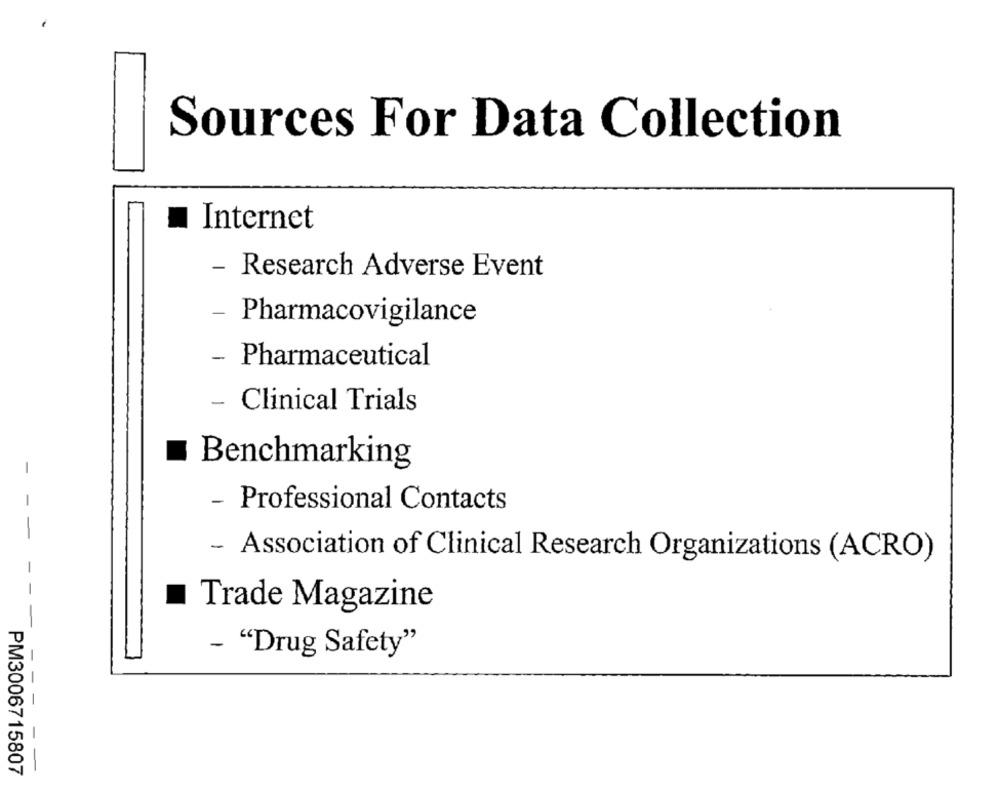
Sources For Data Collection
Internet
- Research Adverse Event
-
Pharmacovigilance
Pharmaceutical
- Clinical Trials
Benchmarking
-
- Professional Contacts
- Association of Clinical Research Organizations (ACRO)
Trade Magazine
- "Drug Safety"
PM3006715807